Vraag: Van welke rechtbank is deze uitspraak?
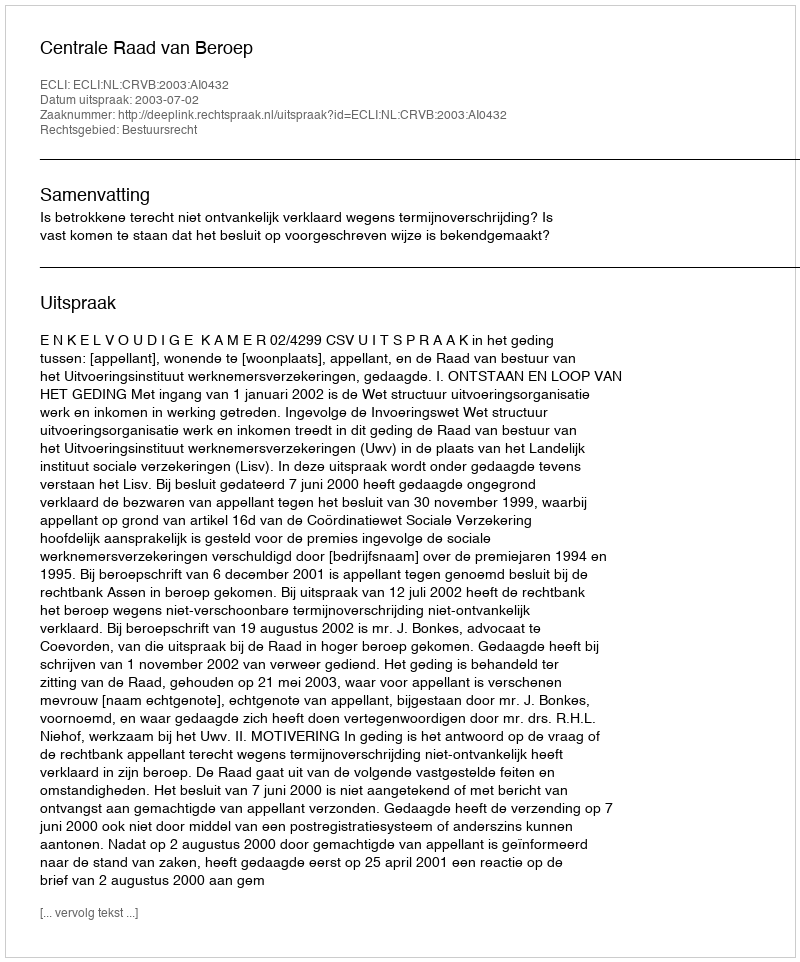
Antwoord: Centrale Raad van Beroep